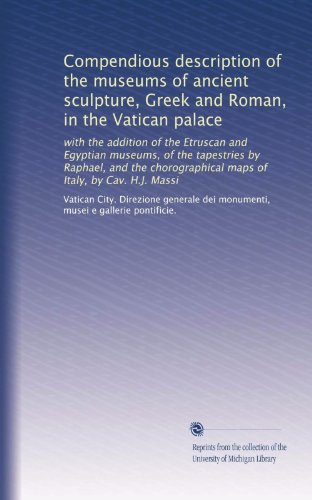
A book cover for Compendious description of the museums of ancient sculpture, Greek and Roman, in the Vatican palace: with the addition of the Etruscan and Egyptian ... maps of Italy, by Cav. H.J. Massi; musei e gallerie pontificie., . Vatican City. Direzione generale dei monumenti; Travel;